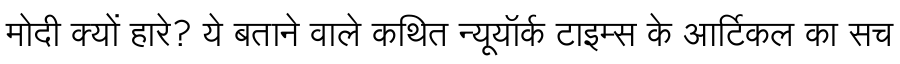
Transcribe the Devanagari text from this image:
मोदी क्यों हारे? ये बताने वाले कथित न्यूयॉर्क टाइम्स के आर्टिकल का सच